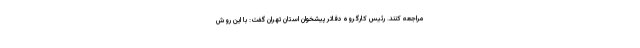
مراجعه کنند. رئیس کارگروه دفاتر پیشخوان استان تهران گفت: با این روش